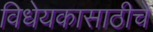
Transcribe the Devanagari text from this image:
विधेयकासाठीचे